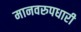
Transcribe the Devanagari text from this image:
मानवरुपधारी